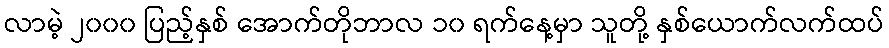
လာမဲ့ ၂၀၀၀ ပြည့်နှစ် အောက်တိုဘာလ ၁၀ ရက်နေ့မှာ သူတို့ နှစ်ယောက်လက်ထပ်